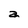
Character: a